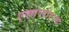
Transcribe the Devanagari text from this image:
एक्सप्लोररचे